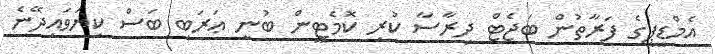
އެމްޑީޕީގެ ފަރާތުން ބަޖެޓް ދިރާސާ ކުރި ކޮމެޓީން ބުނީ ޢަރަބި ބަސް ކިޔަވައިދޭނެ